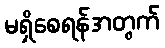
မရှိစေရန်အတွက်